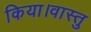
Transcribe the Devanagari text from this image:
किया।वास्तु